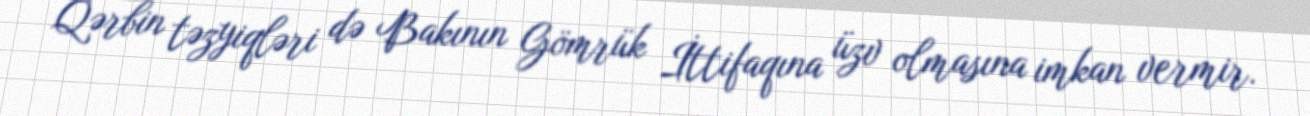
Qərbin təzyiqləri də Bakının Gömrük İttifaqına üzv olmasına imkan vermir.